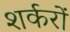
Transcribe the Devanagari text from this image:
शर्करों